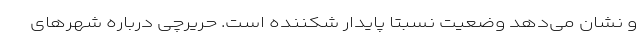
و نشان می‌دهد وضعیت نسبتا پایدار شکننده است. حریرچی درباره شهر‌های